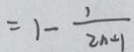
= 1 - \frac { 1 } { 2 n + 1 }